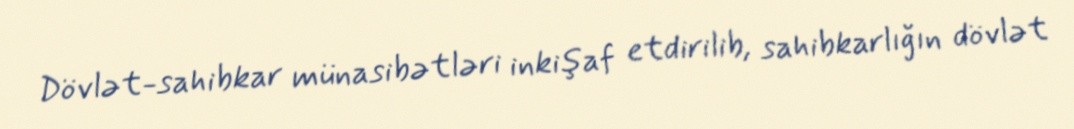
Dövlət-sahibkar münasibətləri inkişaf etdirilib, sahibkarlığın dövlət